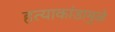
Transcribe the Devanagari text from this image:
हत्याकांडामुळे